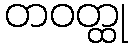
တဝတ္ထု